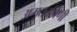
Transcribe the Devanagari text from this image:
अमृतवर्षिणी